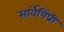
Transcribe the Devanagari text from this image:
सार्वेपिंप्री